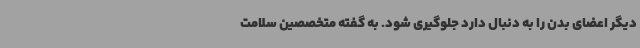
دیگر اعضای بدن را به دنبال دارد جلوگیری شود. به گفته متخصصین سلامت